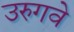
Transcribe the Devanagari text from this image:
उरुगवे